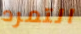
التمرد